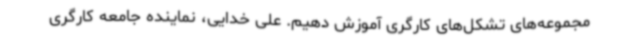
مجموعه‌های تشکل‌های کارگری آموزش دهیم. علی خدایی، نماینده جامعه کارگری